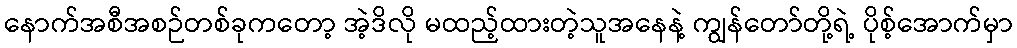
နောက်အစီအစဉ်တစ်ခုကတော့ အဲ့ဒိလို မထည့်ထားတဲ့သူအနေနဲ့ ကျွန်တော်တို့ရဲ့ ပိုစ့်အောက်မှာ